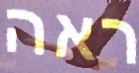
ראה